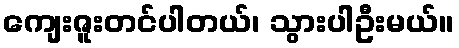
ကျေးဇူးတင်ပါတယ်၊ သွားပါဦးမယ်။